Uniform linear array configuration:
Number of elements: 64
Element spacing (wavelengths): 0.25
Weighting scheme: binomial
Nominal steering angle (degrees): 60
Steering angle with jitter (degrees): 61.819
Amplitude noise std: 0.05
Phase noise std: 0.05

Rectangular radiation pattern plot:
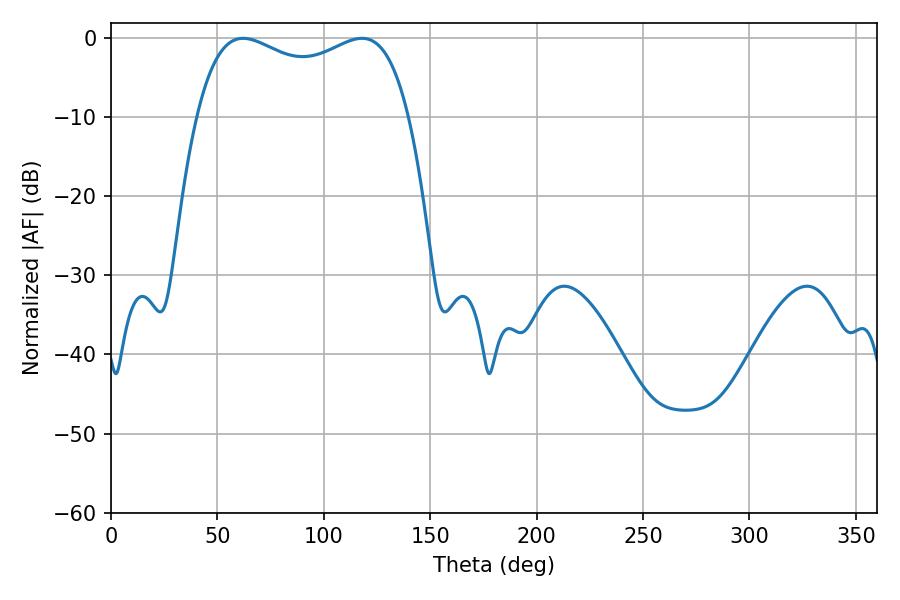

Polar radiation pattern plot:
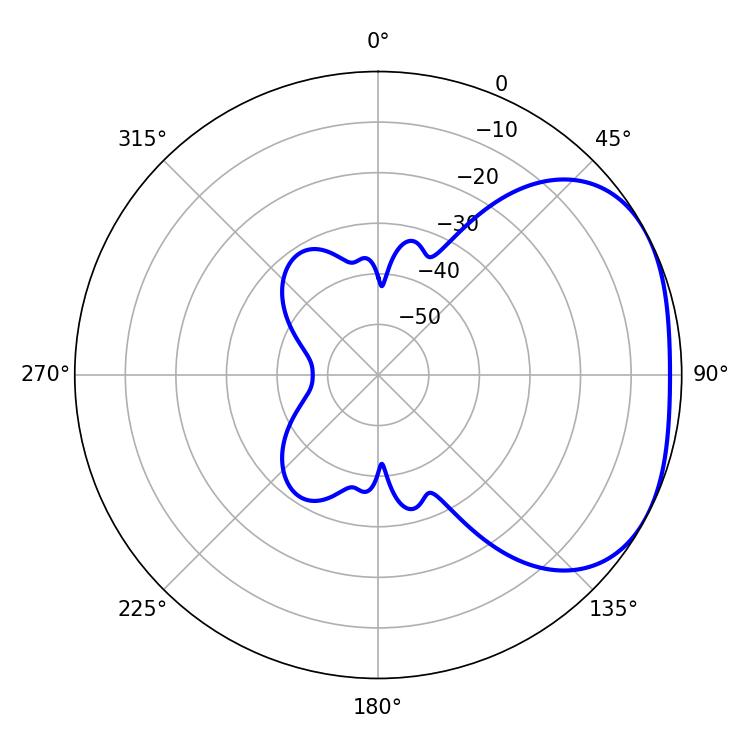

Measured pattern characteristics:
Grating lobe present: FALSE
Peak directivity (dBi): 2.615
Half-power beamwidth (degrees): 82.44
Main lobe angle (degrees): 62.1